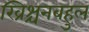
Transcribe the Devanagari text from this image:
ख्रिश्चनबहुल